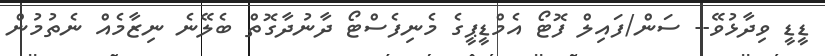
ޑީޑީ ވިދާޅުވޭ-- ސަން/ފައިލް ފޮޓޯ އެމްޑީޕީގެ މެނިފެސްޓޯ ދާނުދާގޮތް ބެލޭނެ ނިޒާމެއް ނެތުމުން